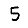
Digit: 5